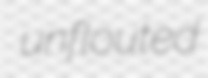
unflouted